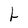
Character: L